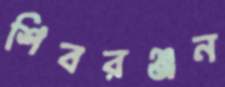
শিবরঞ্জন